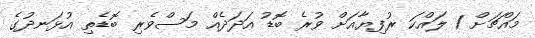
މައްޗަށް 1 ލައްކަ ރުފިޔާއަށް ވުރެ ބޮޑު އަދަދެއް މަސްވެރި ބޮޑެތި އުޅަނދުގެ